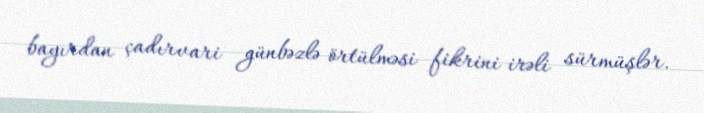
bayırdan çadırvari günbəzlə örtülməsi fikrini irəli sürmüşlər.